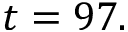
t = 9 7 .